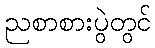
ညစာစားပွဲတွင်